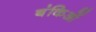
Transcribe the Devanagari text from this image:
बंकिओं